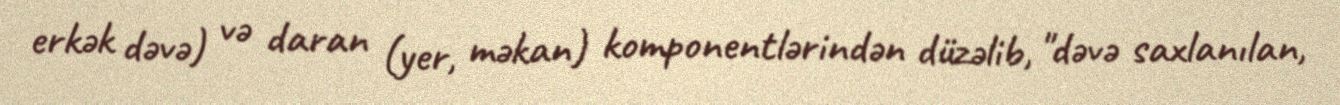
erkək dəvə) və daran (yer, məkan) komponentlərindən düzəlib, "dəvə saxlanılan,